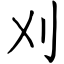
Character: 刈